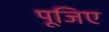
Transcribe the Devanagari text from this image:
पूजिए